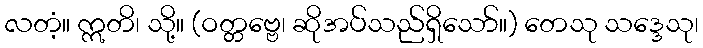
လတံ့။ ဣတိ၊ သို့။ (ဝတ္တဗ္ဗေ၊ ဆိုအပ်သည်ရှိသော်။) တေသု သဒ္ဒေသု၊